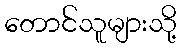
တောင်သူများသို့